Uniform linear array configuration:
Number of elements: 64
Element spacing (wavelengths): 0.75
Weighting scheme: exponential
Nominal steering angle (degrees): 0
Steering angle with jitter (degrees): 1.314
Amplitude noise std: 0.05
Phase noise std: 0.05

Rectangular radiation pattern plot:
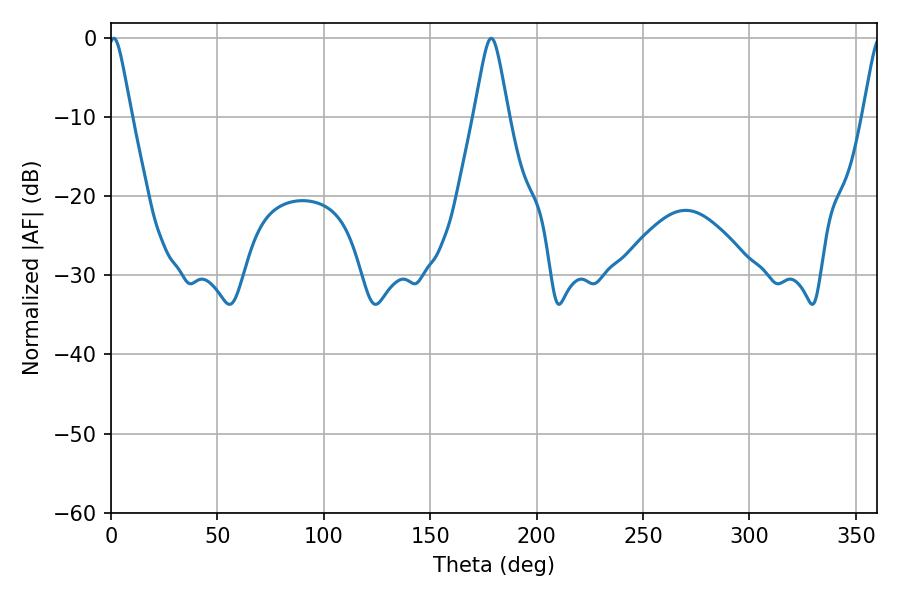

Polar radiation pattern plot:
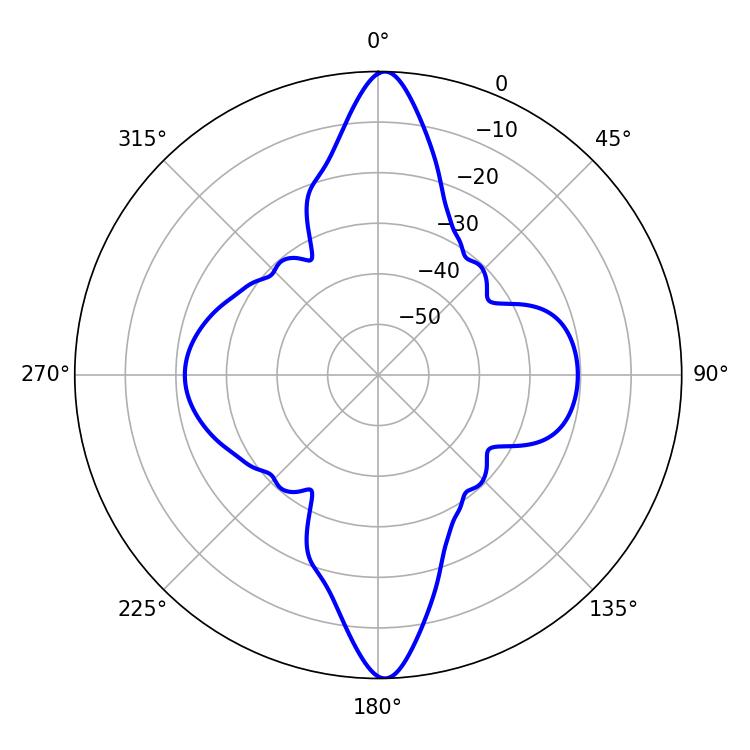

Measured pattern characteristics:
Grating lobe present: TRUE
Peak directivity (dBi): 23.885
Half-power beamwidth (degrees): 5.22
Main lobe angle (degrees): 1.26